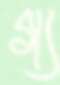
গ্য